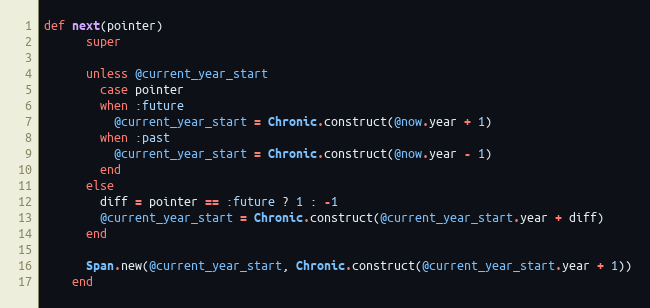
Language: Ruby
def next(pointer)
      super

      unless @current_year_start
        case pointer
        when :future
          @current_year_start = Chronic.construct(@now.year + 1)
        when :past
          @current_year_start = Chronic.construct(@now.year - 1)
        end
      else
        diff = pointer == :future ? 1 : -1
        @current_year_start = Chronic.construct(@current_year_start.year + diff)
      end

      Span.new(@current_year_start, Chronic.construct(@current_year_start.year + 1))
    end